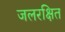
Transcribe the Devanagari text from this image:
जलरक्षित